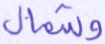
وشمال